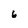
Character: 6